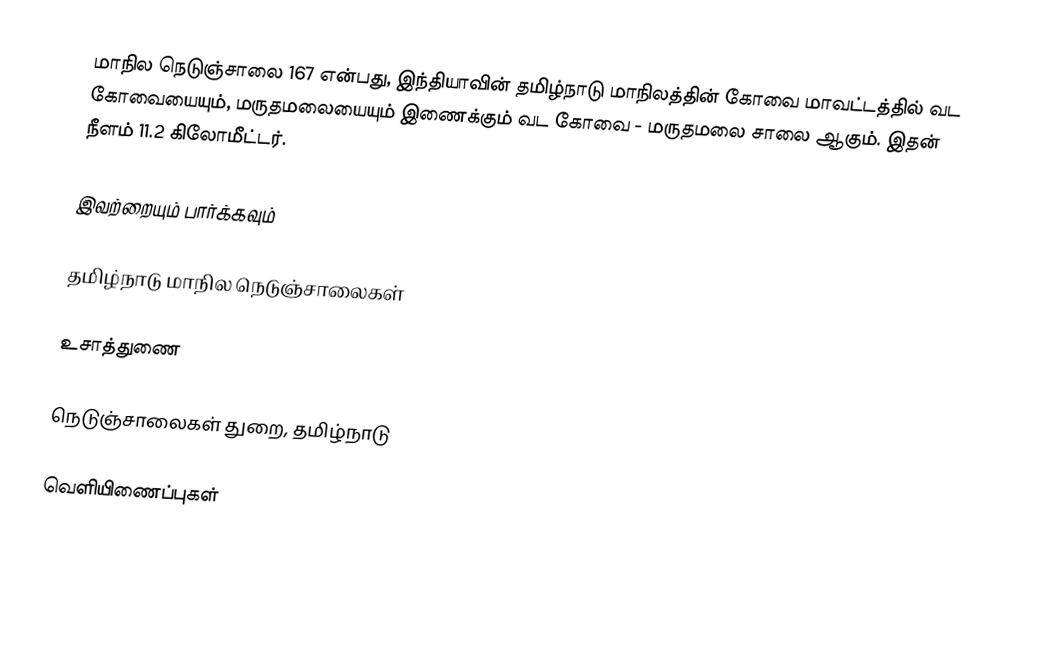
மாநில நெடுஞ்சாலை 167 என்பது, இந்தியாவின் தமிழ்நாடு மாநிலத்தின்  கோவை மாவட்டத்தில்  வட கோவையையும், மருதமலையையும் இணைக்கும் வட கோவை - மருதமலை சாலை ஆகும். இதன் நீளம் 11.2 கிலோமீட்டர்.

இவற்றையும் பார்க்கவும்

 தமிழ்நாடு மாநில நெடுஞ்சாலைகள்

உசாத்துணை

 நெடுஞ்சாலைகள் துறை, தமிழ்நாடு

வெளியிணைப்புகள்